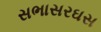
સભાસરઘસ